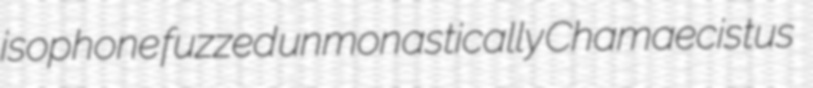
isophone fuzzed unmonastically Chamaecistus